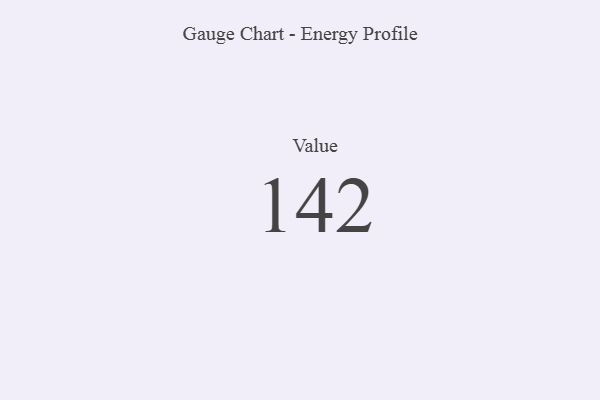
{"axis": {"x": "Metric", "y": "Value"}, "legend": [""], "data": [{"x": "Value", "y": 142, "type": ""}]}